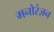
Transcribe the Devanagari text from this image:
मनोरंज़न